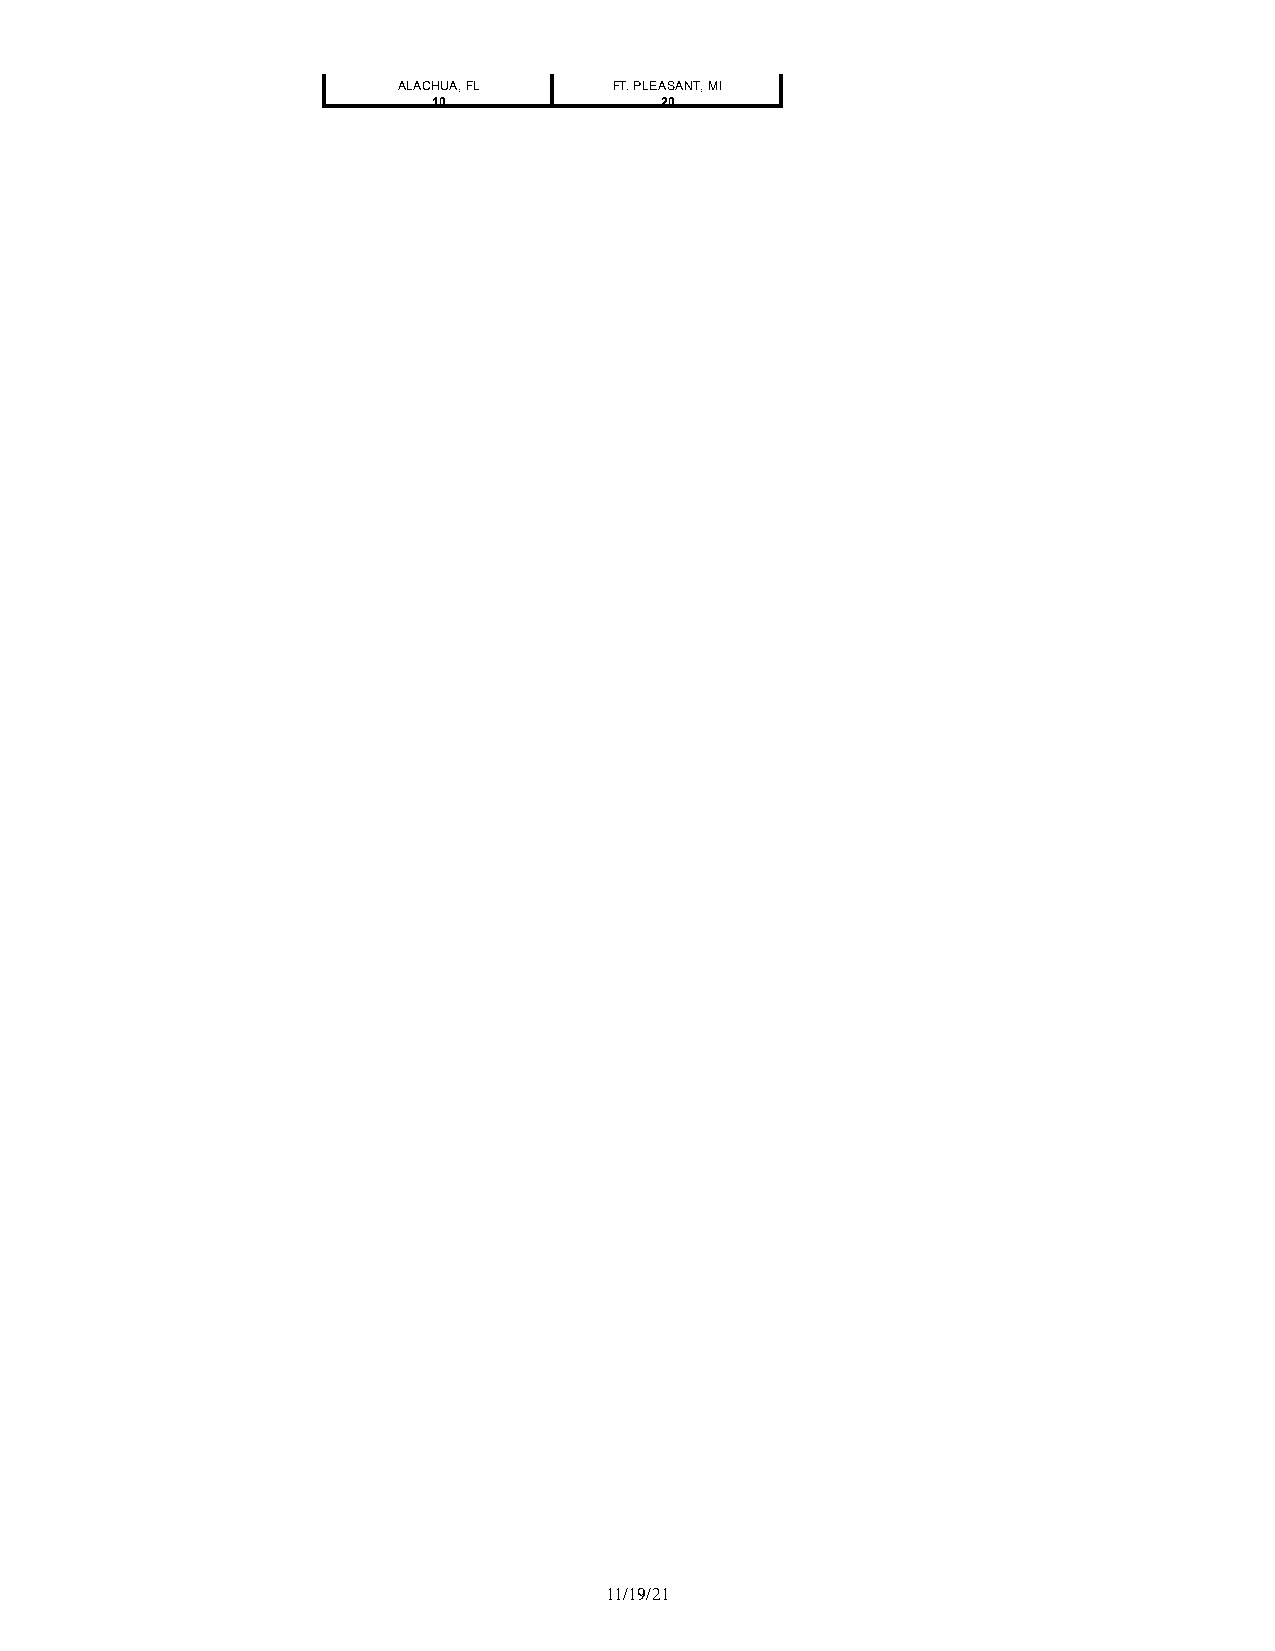
ALACHUA, FL    FT. PLEASANT, MI
 10             20
 11/19/21